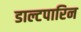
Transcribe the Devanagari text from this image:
डाल्टपारिन